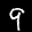
Label: 9